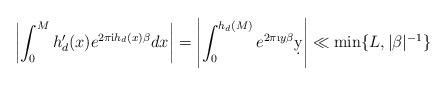
LaTeX: \begin{align*} \left|\int_0^M h_d'(x)e^{2\pi\textnormal{i}h_d(x)\beta}dx\right|=\left|\int_0^{h_d(M)}e^{2\pi \i y \beta} \d y\right| \ll \min \{L, |\beta|^{-1} \} \end{align*}